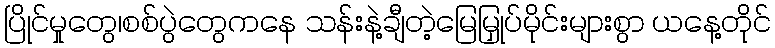
ပြိုင်မှုတွေ၊စစ်ပွဲတွေကနေ သန်းနဲ့ချီတဲ့မြေမြှုပ်မိုင်းများစွာ ယနေ့တိုင်